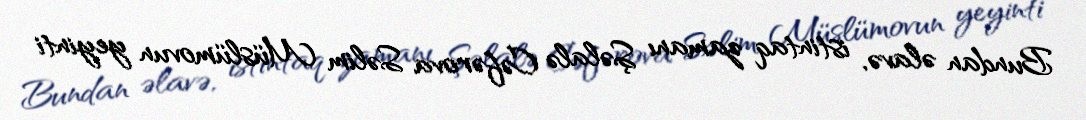
Bundan əlavə, istintaq zamanı Şəlalə Cəfərova Səlim Müslümovun yeyinti